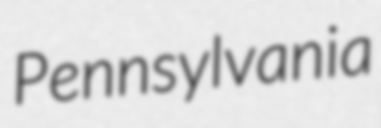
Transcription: Pennsylvania